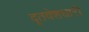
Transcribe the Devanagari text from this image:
दूतवेशधारी